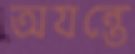
অযন্তে